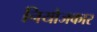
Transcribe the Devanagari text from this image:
नियोजकार